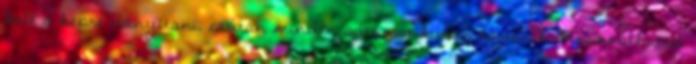
kell a képre irányítani, ezután minden automatikusan történik. Használhatsz